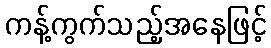
ကန့်ကွက်သည့်အနေဖြင့်